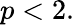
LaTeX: p<2.